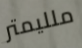
ملليمتر